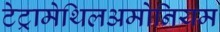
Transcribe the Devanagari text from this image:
टेट्रामेथिलअमोनियम